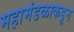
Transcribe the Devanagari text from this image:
महामंडळाकडून